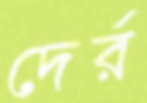
দের্র